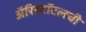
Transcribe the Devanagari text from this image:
अॅरिस्टॉटलची